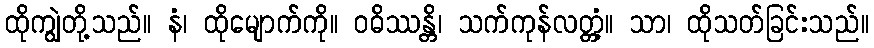
ထိုကျွဲတို့သည်။ နံ၊ ထိုမျောက်ကို။ ဝဓိဿန္တိ၊ သက်ကုန်လတ္တံ့။ သာ၊ ထိုသတ်ခြင်းသည်။